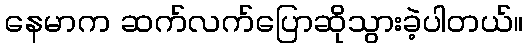
နေမာက ဆက်လက်ပြောဆိုသွားခဲ့ပါတယ်။